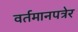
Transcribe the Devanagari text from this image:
वर्तमानपत्रेर